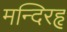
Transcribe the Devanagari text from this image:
मन्दिरहृ